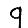
Digit: 9